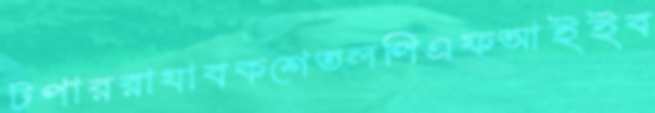
টপাররাযাবকশেতলপিএফআইইব